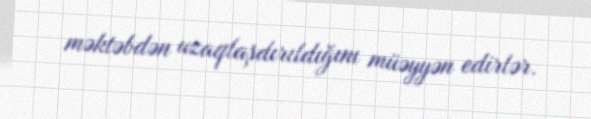
məktəbdən uzaqlaşdırıldığını müəyyən edirlər.